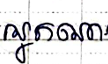
អ្នកណា